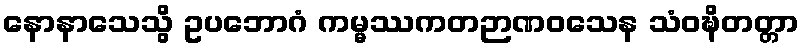
နောနာသေသွိ ဥပဘောဂံ ကမ္မဿကတဉာဏဝသေန သံဝဍ္ဎိတတ္တာ